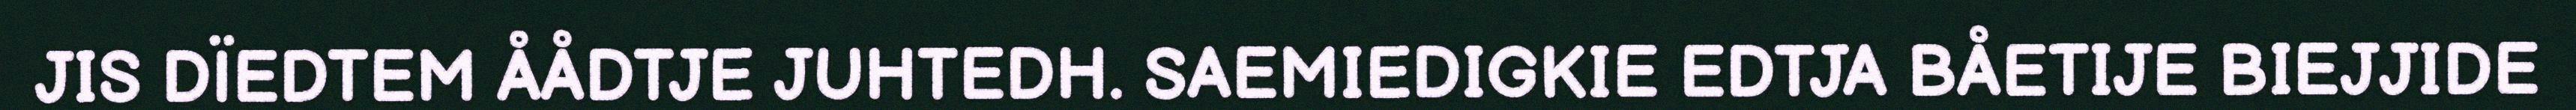
JIS DÏEDTEM ÅÅDTJE JUHTEDH. SAEMIEDIGKIE EDTJA BÅETIJE BIEJJIDE